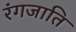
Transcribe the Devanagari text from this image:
रंगजाति